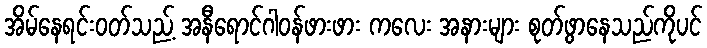
အိမ်နေရင်းဝတ်သည့် အနီရောင်ဂါဝန်ဖားဖား ကလေး အနားများ စုတ်ဖွာနေသည်ကိုပင်